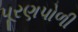
પૂરણપોળી